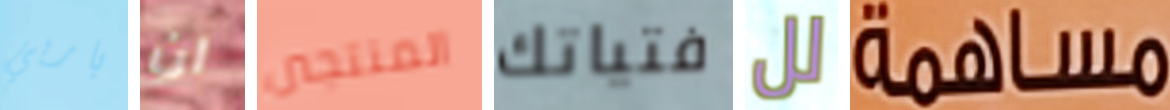
باربي ان المنتجين فتياتك لل مساهمة